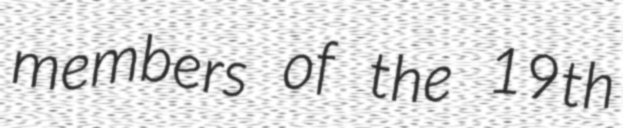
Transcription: members of the 19th